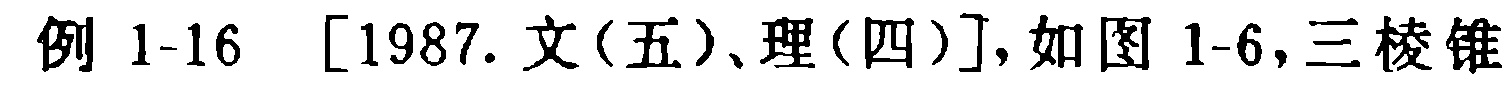
例 1-16 [1987. 文(五)、理(四)],如图 1-6,三棱锥